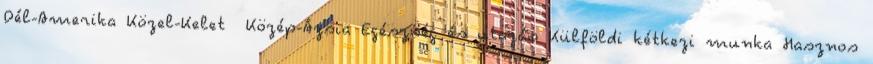
Dél-Amerika Közel-Kelet Közép-Ázsia Egészség és utazás Külföldi kétkezi munka Hasznos